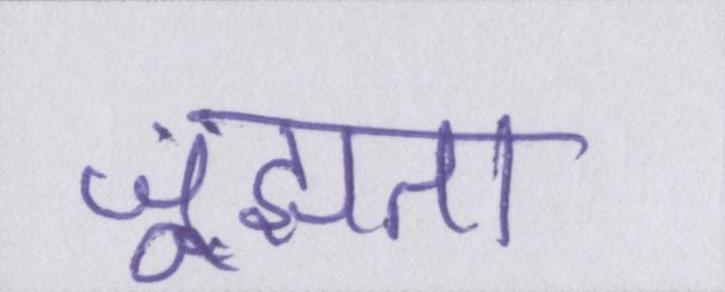
जूझता